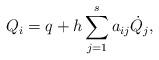
LaTeX: \begin{align*}Q_i = q + h\sum_{j=1}^{s} a_{ij} \dot Q_j,\end{align*}